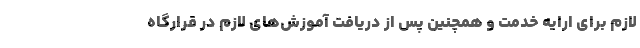
لازم برای ارایه خدمت و همچنین پس از دریافت آموزش‌های لازم در قرارگاه